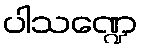
ပါသဏ္ဍေ